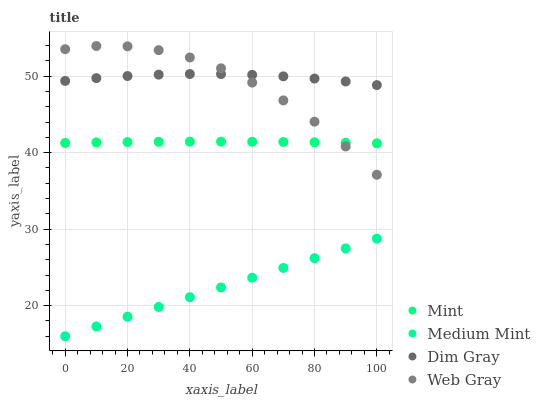
| xaxis_label | Mint | Medium Mint | Dim Gray | Web Gray |
 | --- | --- | --- | --- | --- |
 | 0 | 41.3 | 16 | 49.4 | 53.5 |
 | 10 | 41.3 | 17.3 | 49.8 | 53.9 |
 | 20 | 41.4 | 18.6 | 50 | 53.9 |
 | 30 | 41.4 | 19.8 | 50.2 | 53.4 |
 | 40 | 41.4 | 21.1 | 50.3 | 52.4 |
 | 50 | 41.4 | 22.4 | 50.3 | 51 |
 | 60 | 41.4 | 23.7 | 50.2 | 49.2 |
 | 70 | 41.4 | 24.9 | 50 | 46.8 |
 | 80 | 41.4 | 26.2 | 49.7 | 44.1 |
 | 90 | 41.3 | 27.5 | 49.3 | 40.8 |
 | 100 | 41.2 | 28.8 | 48.8 | 37.1 |